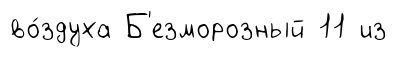
во́здуха Б'езморозный 11 из